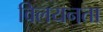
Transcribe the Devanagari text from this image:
विलयनता